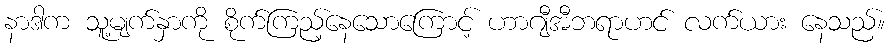
နာဒါက သူ့မျက်နှာကို စိုက်ကြည့်နေသောကြောင့် ဟာဂျီအီဘရာဟင် လက်ယား နေသည်။